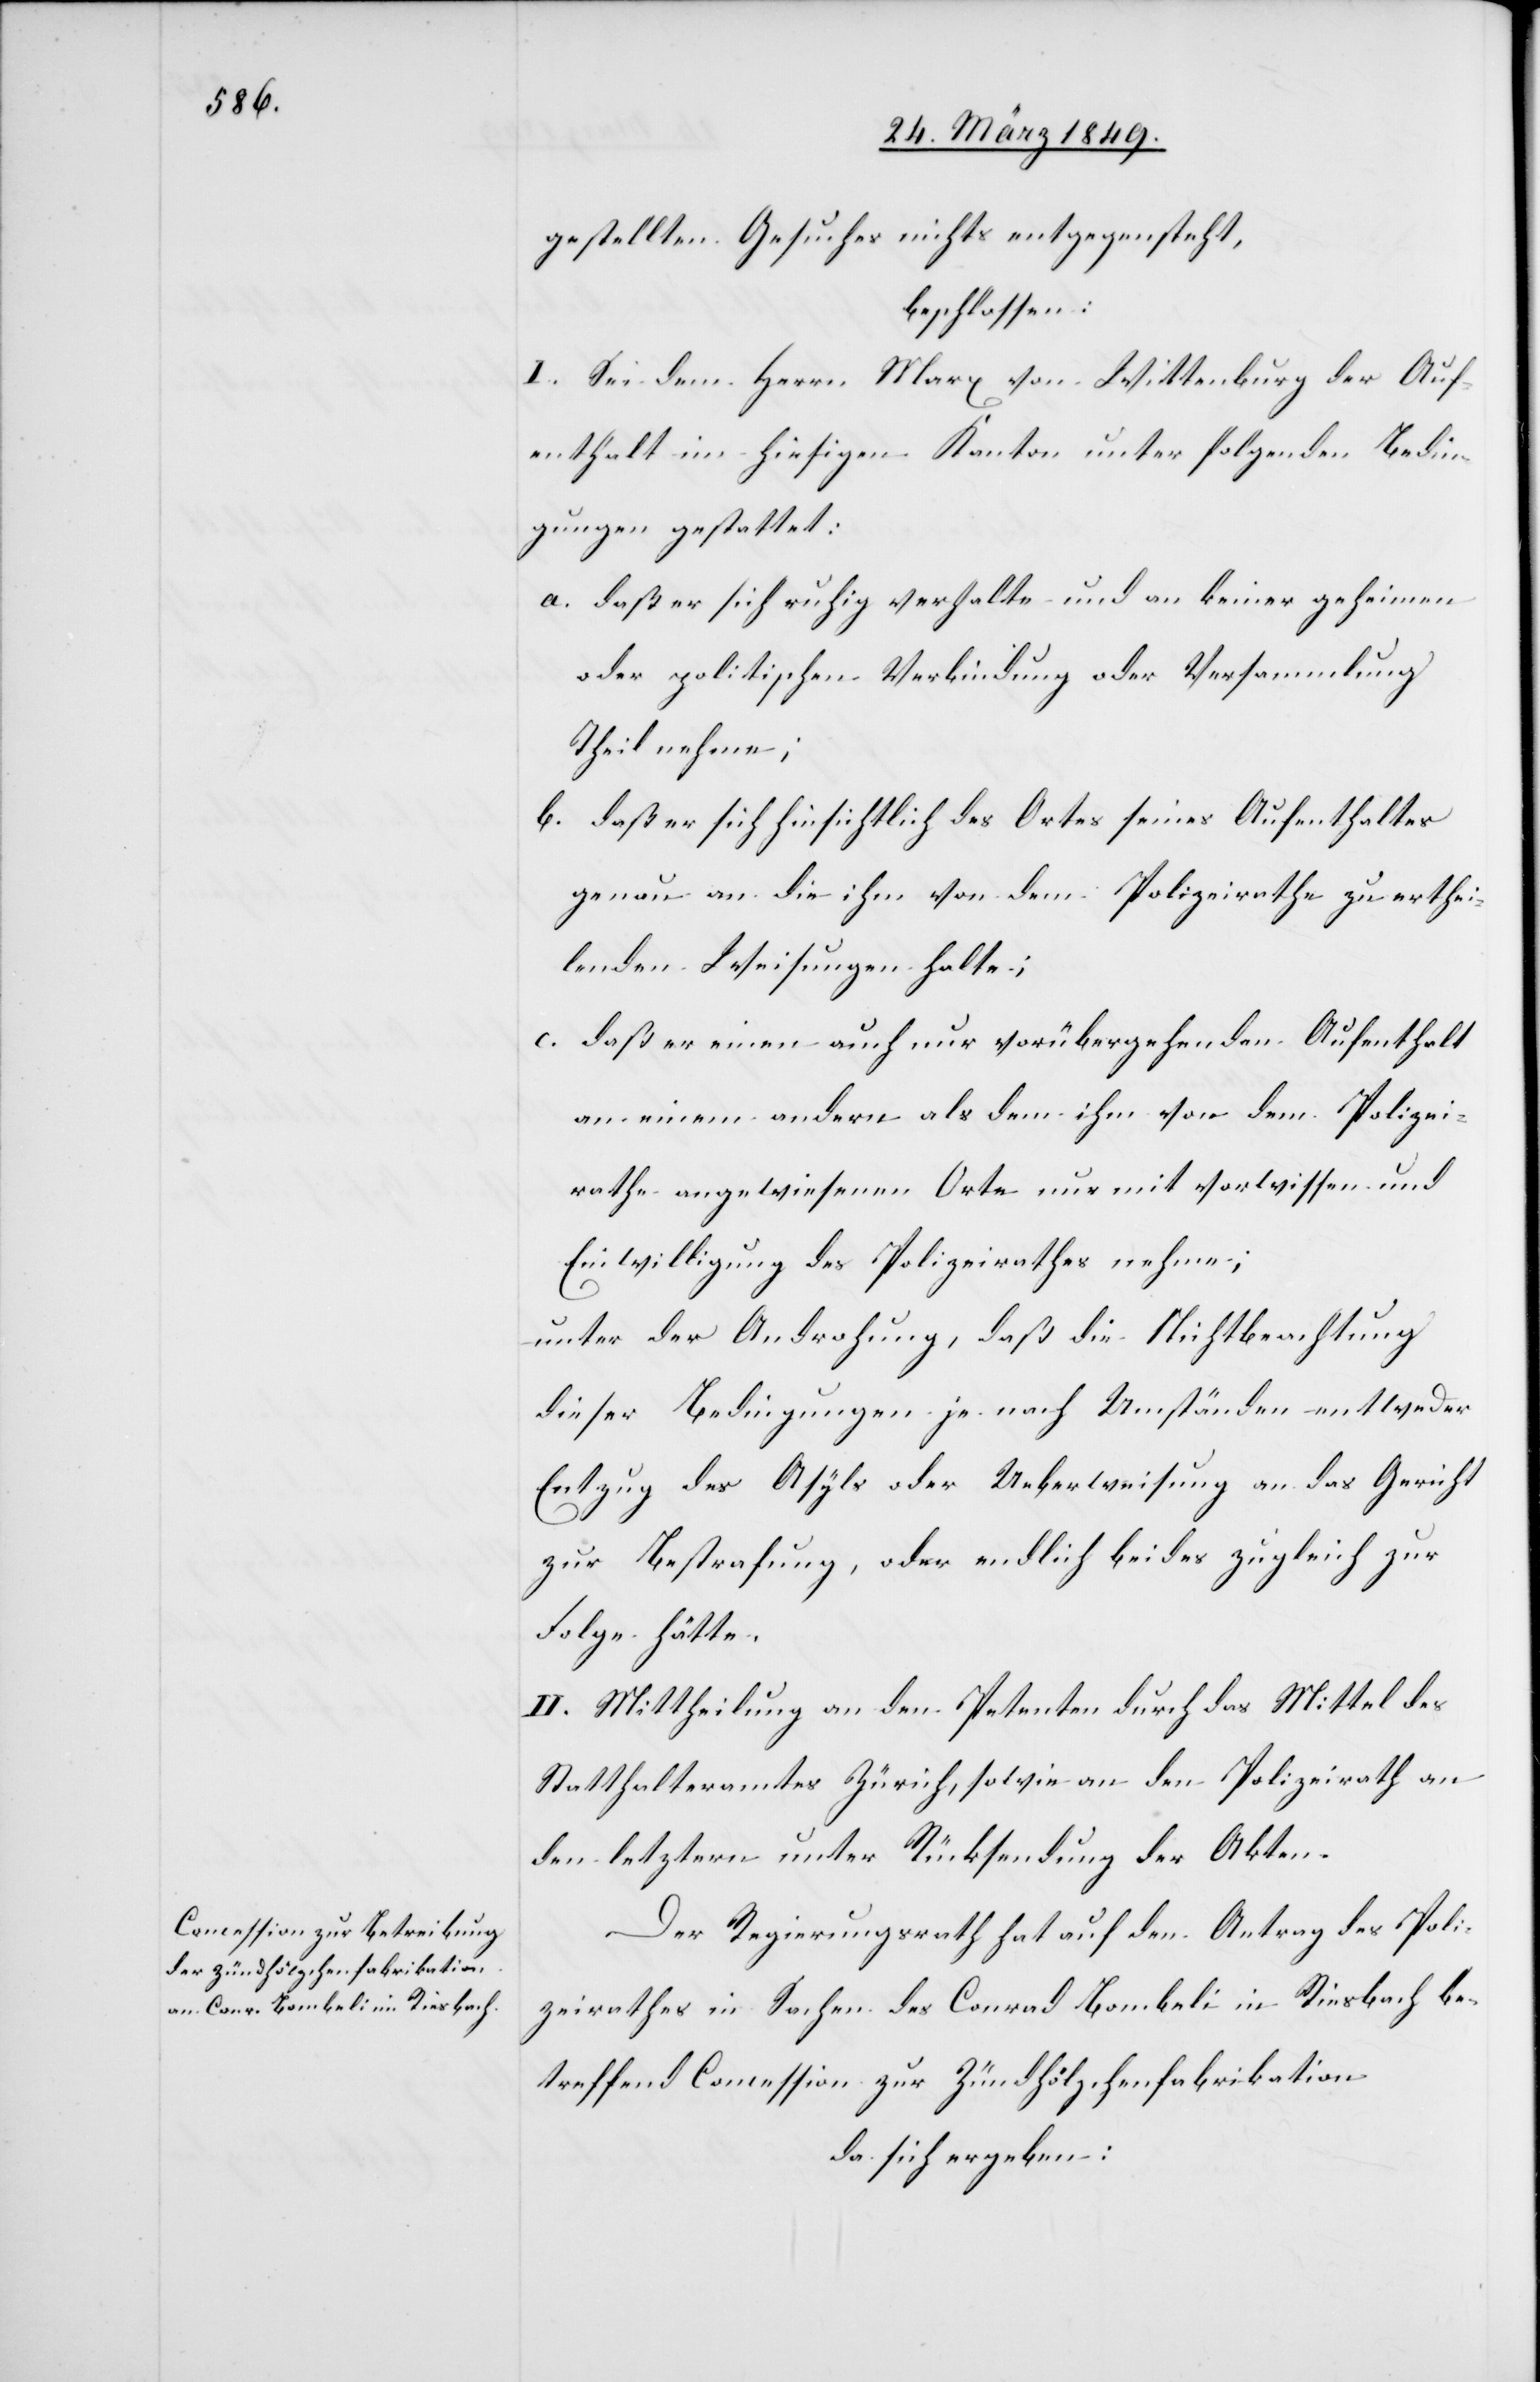
gestellten Gesuches nichts entgegensteht,
beschlossen:
I. Sei dem Herrn Marx von Wittenburg der Auf¬
enthalt im hiesigen Kanton unter folgenden Bedin¬
gungen gestattet:
a. daß er sich ruhig verhalte und an keiner geheimen
oder politischen Verbindung oder Versammlung
Theil nehme;
b. daß er sich hinsichtlich des Ortes seines Aufenthaltes
genau an die ihm von dem Polizeirathe zu erthei¬
lenden Weisungen halte;
c. daß er einen auch nur vorübergehenden Aufenthalt
an einem andern als dem ihm von dem Polizei¬
rathe angewiesenen Orte nur mit Vorwissen und
Einwilligung des Polizeirathes nehme;
unter der Androhung, daß die Nichtbeachtung
dieser Bedingungen je nach Umständen entweder
Entzug des Asyls oder Ueberweisung an das Gericht
zur Bestrafung, oder endlich beides zugleich zur
Folge hätte.
II. Mittheilung an den Petenten durch das Mittel des
Statthalteramtes Zürich, sowie an den Polizeirath an
den letztern unter Rücksendung der Akten.
Der Regierungsrath hat auf den Antrag des Poli¬
zeirathes in Sachen des Conrad Bombeli in Riesbach be¬
treffend Concession zur Zündhölzchenfabrikation
da sich ergeben: